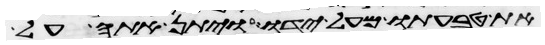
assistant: את טבעתו מעל ידו ויתן אתה על